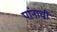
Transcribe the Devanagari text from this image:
पांनाची